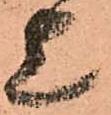
上